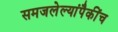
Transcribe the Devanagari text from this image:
समजलेल्यांपैकींच